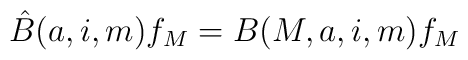
\hat{B} (a,i,m) f_M = B(M,a,i,m) f_M